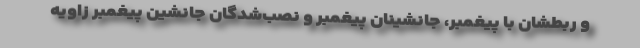
و ربطشان با پیغمبر، جانشینان پیغمبر و نصب‌شدگان جانشین پیغمبر زاویه